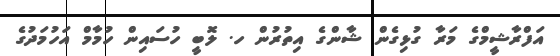
އަފްރާޝީމްގެ މަރާ ގުޅިގެން ޝާންގެ އިތުރުން ހ. ލޮބީ ހުސައިން ހުމާމް އަހުމަދުގެ